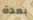
بعدة